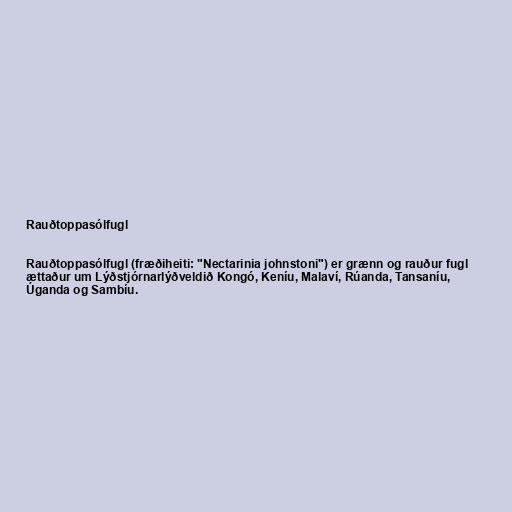
Rauðtoppasólfugl

Rauðtoppasólfugl (fræðiheiti: "Nectarinia johnstoni") er grænn og rauður fugl
ættaður um Lýðstjórnarlýðveldið Kongó, Keníu, Malaví, Rúanda, Tansaníu,
Úganda og Sambíu.